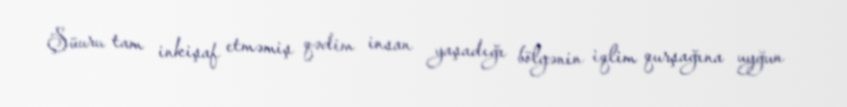
Şüuru tam inkişaf etməmiş qədim insan yaşadığı bölgənin iqlim qurşağına uyğun